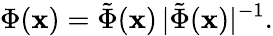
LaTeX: \Phi(\mathbf{x})={\tilde{{\Phi}}(\mathbf{x})}\, {|\tilde{{\Phi}}(\mathbf{x})|^{-1}}.